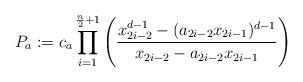
LaTeX: \begin{align*}P_a:=c_a\prod_{i=1}^{\frac{n}{2}+1}\left(\frac{x_{2i-2}^{d-1}-(a_{2i-2}x_{2i-1})^{d-1}}{x_{2i-2}-a_{2i-2}x_{2i-1}}\right) \end{align*}